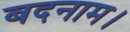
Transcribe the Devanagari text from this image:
बदनाम।